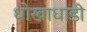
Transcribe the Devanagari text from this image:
धोखाधाड़ी